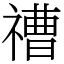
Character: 䄚